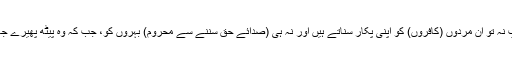
) بے شک آپ نہ تو اِن مردوں (کافروں) کو اپنی پکار سناتے ہیں اور نہ ہی (صدائے حق سننے سے محروم) بہروں کو، جب کہ وہ پیٹھ پھیرے جا رہے ہوںo۔